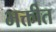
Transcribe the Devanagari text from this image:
भक्तीत